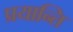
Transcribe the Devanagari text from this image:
प्रयान्ति